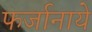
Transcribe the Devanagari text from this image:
फर्जानाये